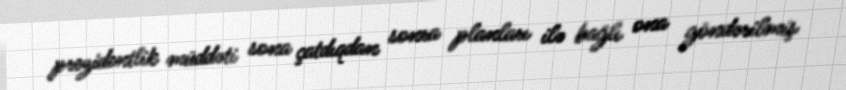
prezidentlik müddəti sona çatdıqdan sonra planları ilə bağlı ona göndərilmiş